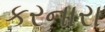
કરનારા